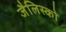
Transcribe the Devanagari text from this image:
जैलिस्को